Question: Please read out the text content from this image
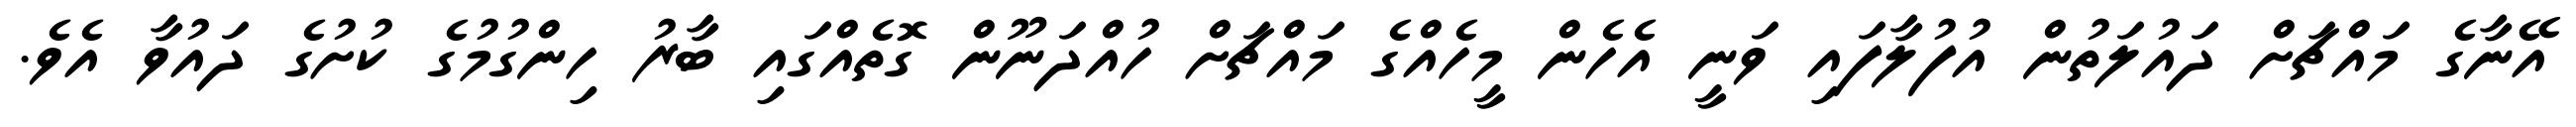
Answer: އޭނާގެ މައްޗަށް ދައުލަތުން އުފުލާފައި ވަނީ އެހެން މީހެއްގެ މައްޗަށް ހުއްދަނޫން ގޮތެއްގައި ބާރު ހިންގުމުގެ ކުށުގެ ދައުވާ އެވެ.